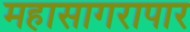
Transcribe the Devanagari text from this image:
महासागरापार